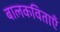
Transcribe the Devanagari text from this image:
बालकविताएँ